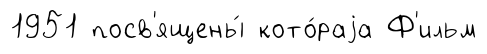
1951 посв'ящены́ кото́раjа Ф'ильм